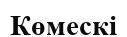
Көмескі